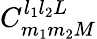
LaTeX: C_{m_{1}m_{2}M}^{l_{1}l_{2}L}